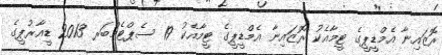
ރޮޒައިނާ އެމްޑީޕީގެ ޓީމާއެކު ރޮޒައިނާ އެމްޑީޕީގެ ޓީމާއެކު 19 ސެޕްޓެމްބަރ 2013 ޑީއާރުޕީގެ